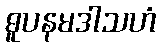
ဓူပနမဒါသဟံ